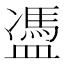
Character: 𥂳